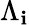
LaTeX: \Lambda_{\mathbf{i}}